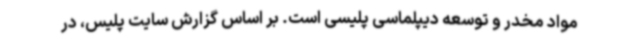
مواد مخدر و توسعه دیپلماسی پلیسی است. بر اساس گزارش سایت پلیس، در